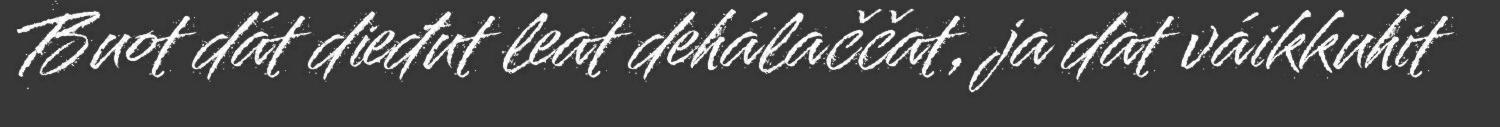
Buot dát dieđut leat dehálaččat, ja dat váikkuhit